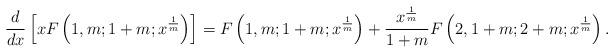
LaTeX: \begin{align*}\frac{d}{dx}\left[xF\left(1,m;1+m;x^{\frac{1}{m}}\right)\right]=F\left(1,m;1+m;x^{\frac{1}{m}}\right)+\frac{x^{\frac{1}{m}}}{1+m}F\left(2,1+m;2+m;x^{\frac{1}{m}}\right).\end{align*}